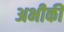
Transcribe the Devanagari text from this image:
अभीकी